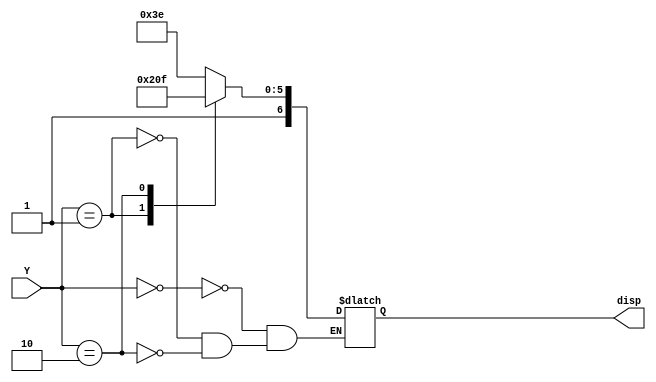
module BCD_display0(Y,disp);
input [3:0]Y;
output reg [6:0]disp;
always @(Y)
begin
case(Y)
0:disp=7'b1111110;   //-
1:disp=7'b1001000;    //h
2:disp=7'b1001111;    //i
endcase
end
endmodule